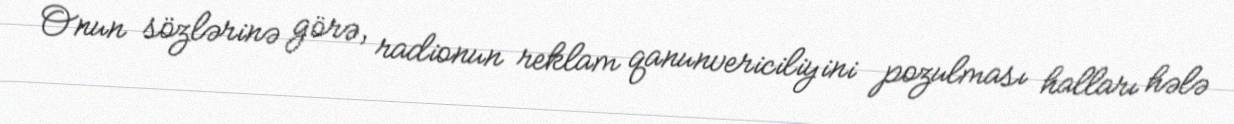
Onun sözlərinə görə, radionun reklam qanunvericiliyini pozulması halları hələ